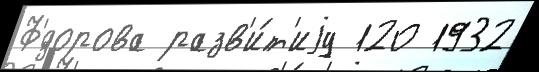
Ф'́дорова разв'и́т'иjу 120 1932